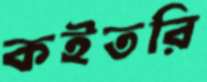
কইতরি